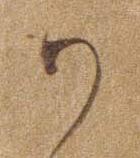
か